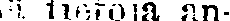
iä tietoja an-